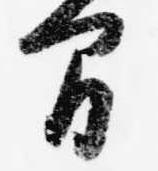
間